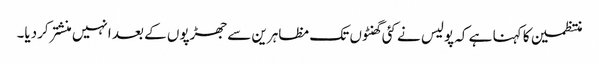
منتظمین کا کہنا ہے کہ پولیس نے کئی گھنٹوں تک مظاہرین سے جھڑپوں کے بعد انہیں منشتر کردیا۔